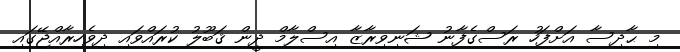
މި ޙާދިސާ އަށްފަހު ރަސްގެފާނު ޝަނިވިރާޒާ އިސްލާމް ދީން ޤަބޫލު ކުރައްވައި ދިވެހިރާއްޖޭގައި